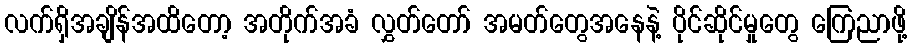
လက်ရှိအချိန်အထိတော့ အတိုက်အခံ လွှတ်တော် အမတ်တွေအနေနဲ့ ပိုင်ဆိုင်မှုတွေ ကြေညာဖို့